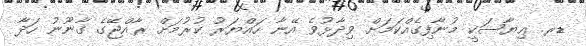
ޑރ. ޢިޔާޟަކީ މުނާފިގެއްކަމަށް ވިދާޅުވެ އޭނާ ހައްޔަރު ކުރުމަށް ރާއްޖޭގެ ގާނޫނު ހަދާ